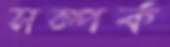
সম্পর্ক